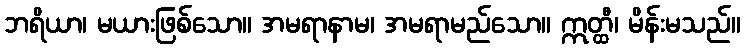
ဘရိယာ၊ မယားဖြစ်သော။ အမရာနာမ၊ အမရာမည်သော။ ဣတ္ထီ၊ မိန်းမသည်။